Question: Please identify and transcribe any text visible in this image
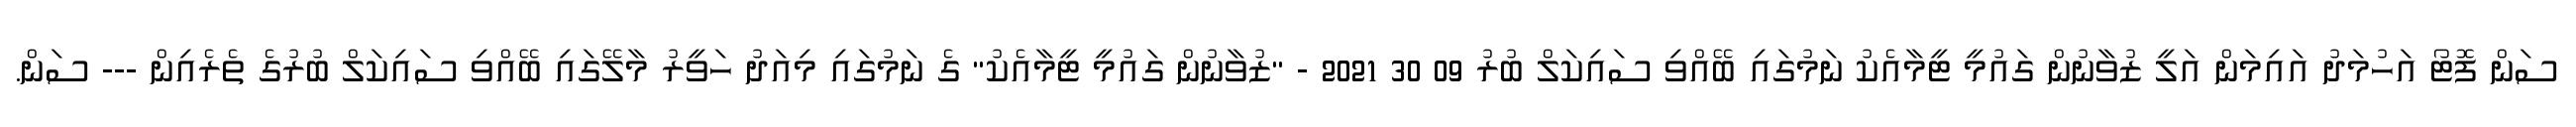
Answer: ސަން ފޮޓޯ އަހުމަދު އައިމަން އަލީ ޒުވާނުން ގައުމީ ޓީމާއެކު ނަމުގައި ބޭއްވި ސައިކަލް ބުރު 09 30 2021 - "ޒުވާނުން ގައުމީ ޓީމާއެކު" ގެ ނަމުގައި މިއަދު ހަވީރު މާލޭގައި ބޭއްވި ސައިކަލް ބުރުގެ ތެރެއިން --- ސަން.